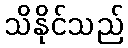
သိနိုင်သည်